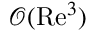
\mathcal { O } ( \mathrm { R e } ^ { 3 } )